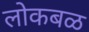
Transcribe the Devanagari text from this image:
लोकबळ